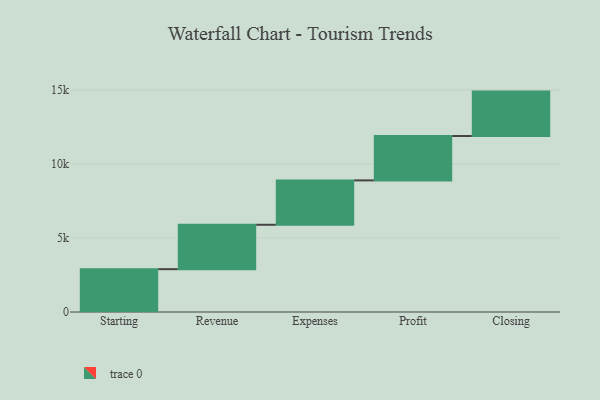
{"axis": {"x": "Step", "y": "Value"}, "legend": [""], "data": [{"x": "Starting", "y": 2894.0, "type": ""}, {"x": "Revenue", "y": 3000, "type": ""}, {"x": "Expenses", "y": 3000, "type": ""}, {"x": "Profit", "y": 3000, "type": ""}, {"x": "Closing", "y": 3000, "type": ""}]}